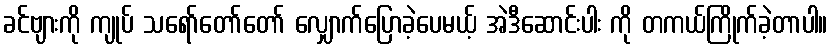
ခင်ဗျားကို ကျုပ် သရော်တော်တော် လျှောက်ပြောခဲ့ပေမယ့် အဲဒီဆောင်းပါး ကို တကယ်ကြိုက်ခဲ့တာပါ။